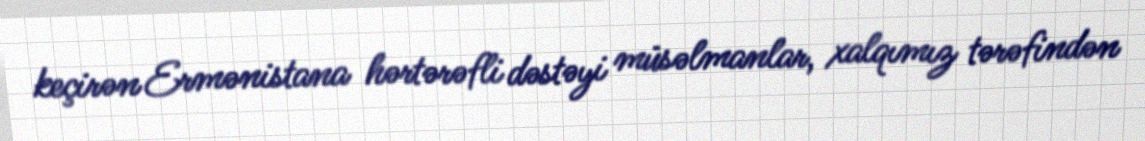
keçirən Ermənistana hərtərəfli dəstəyi müsəlmanlar, xalqımız tərəfindən